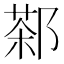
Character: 𲆙